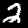
Label: 2